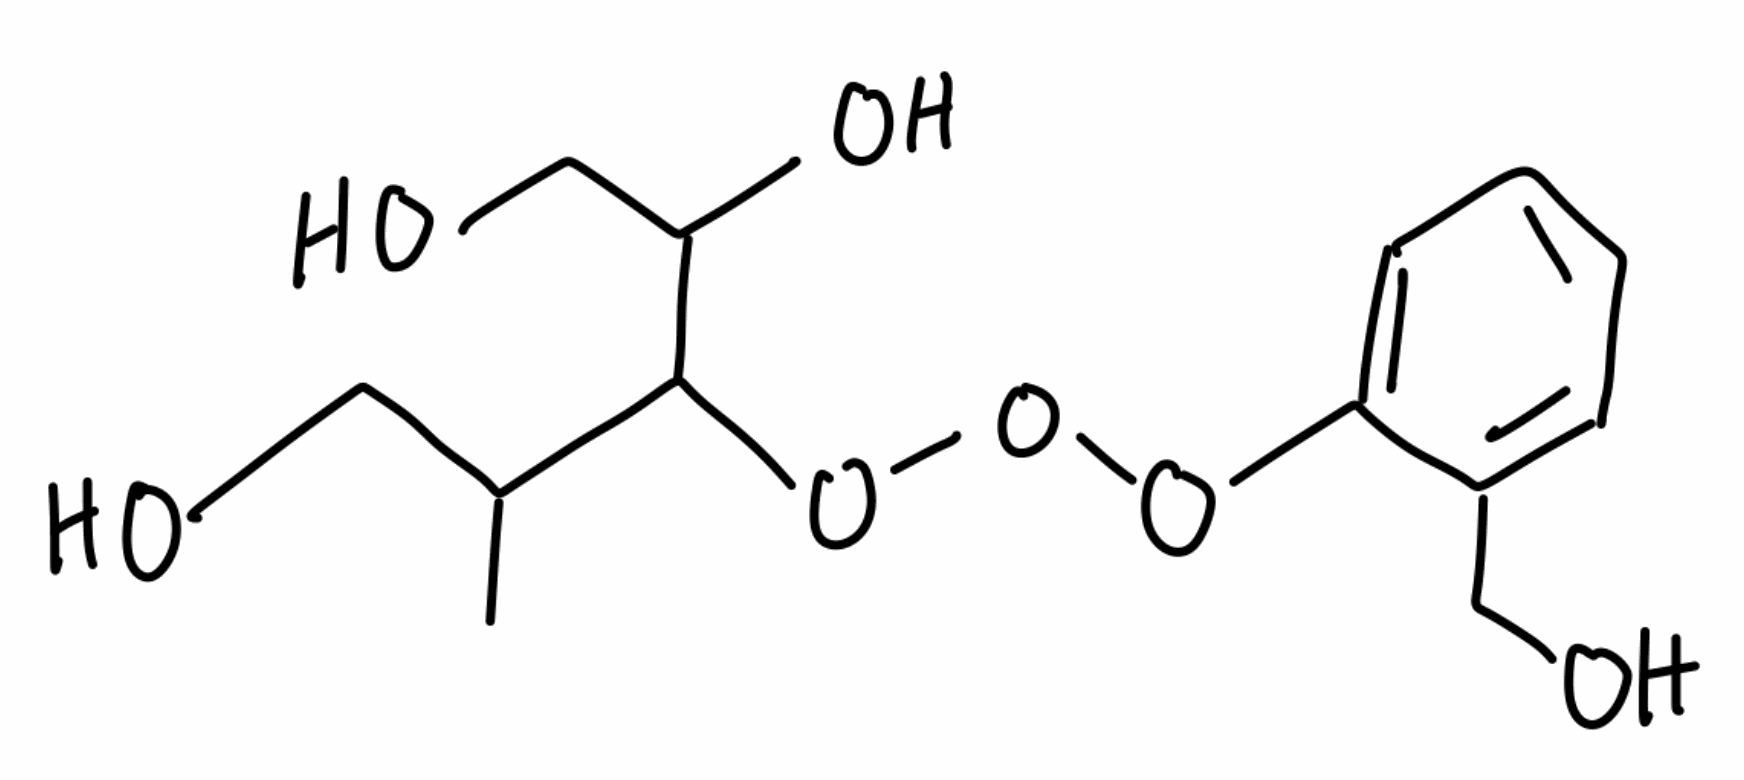
Simplified molecular-input line-entry system (SMILES) notation of the given molecule:
CC(CO)C(C(CO)O)OOOC1=CC=CC=C1CO